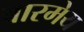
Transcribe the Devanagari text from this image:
बारमेय